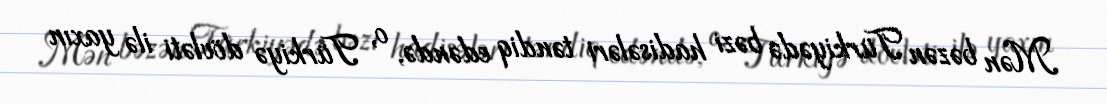
Mən bəzən Türkiyədə bəzi hadisələri təndiq edəndə, o, Türkiyə dövləti ilə yaxın